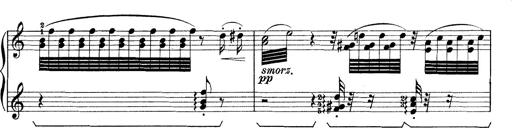
Title: Rapsodie: 19 ungheresi, 1 spagnuola
Composer: Franz Liszt